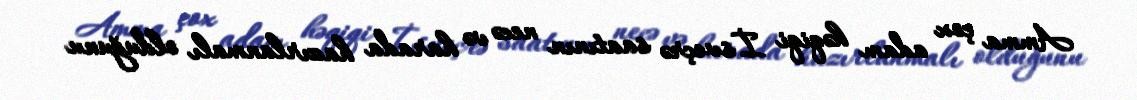
Amma çox adam həqiqi İsveçrə saatının necə və harada hazırlanmalı olduğunu